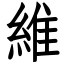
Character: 維